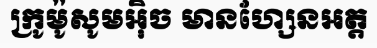
ក្រូម៉ូសូមអ៊ិច មានហ្សែនអត្ត